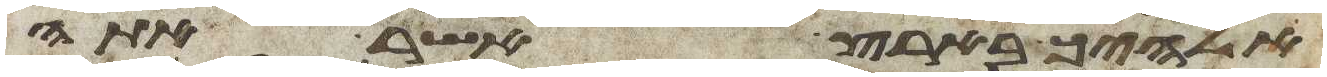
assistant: אלהיך בארץ אשר אתה